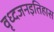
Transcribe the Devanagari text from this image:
वृध्दजनइतिहास